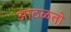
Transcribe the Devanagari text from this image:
आठळतो